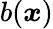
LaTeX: b(\boldsymbol{x})